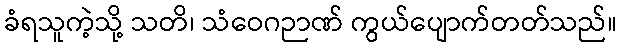
ခံရသူကဲ့သို့ သတိ၊ သံဝေဂဉာဏ် ကွယ်ပျောက်တတ်သည်။